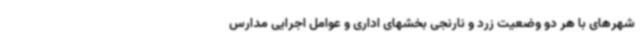
شهرهای با هر دو وضعیت زرد و نارنجی بخشهای اداری و عوامل اجرایی مدارس